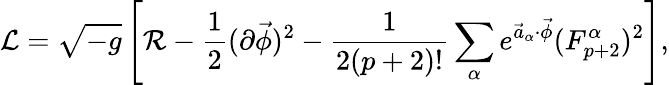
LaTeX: {\cal L}=\sqrt{-g}\left[{\cal R}-{\frac{1}{2}}(\partial\vec{\phi})^{2}-{\frac{1}{2(p+2)!}}\sum_{\alpha}e^{\vec{a}_{\alpha}\cdot\vec{\phi}}(F_{p+2}^{\alpha})^{2}\right],